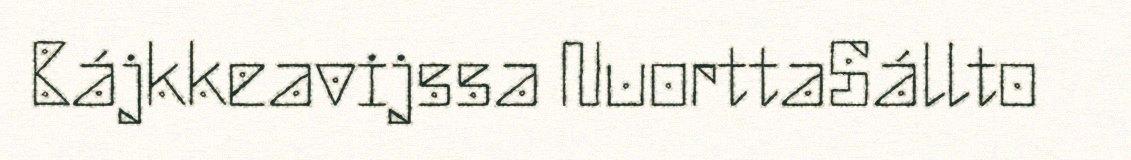
Bájkkeavijssa NuorttaSállto